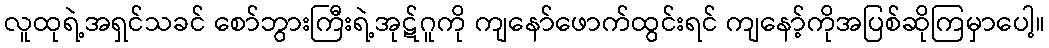
လူထုရဲ့အရှင်သခင် စော်ဘွားကြီးရဲ့အုဋ်ဂူကို ကျနော်ဖောက်ထွင်းရင် ကျနော့်ကိုအပြစ်ဆိုကြမှာပေါ့။